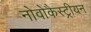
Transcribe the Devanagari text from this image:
नोवोकैस्ट्रीयन